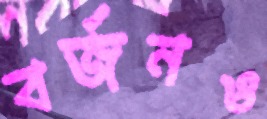
বর্জনও